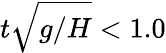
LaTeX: t\sqrt{g/H}<1.0